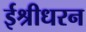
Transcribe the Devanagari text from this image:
ईश्रीधरन